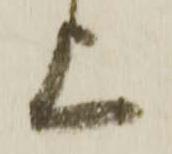
上